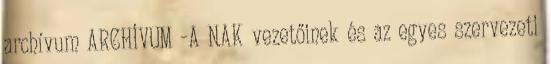
archívum ARCHÍVUM -A NAK vezetőinek és az egyes szervezeti